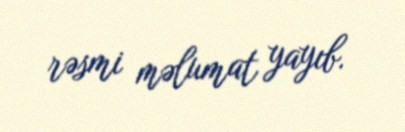
rəsmi məlumat yayıb.